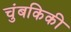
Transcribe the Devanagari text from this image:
चुंबकिकी